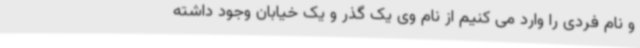
و نام فردی را وارد می کنیم از نام وی یک گذر و یک خیابان وجود داشته